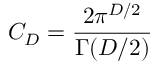
C _ { D } = { \frac { 2 \pi ^ { D / 2 } } { \Gamma ( D / 2 ) } }